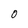
Character: 0